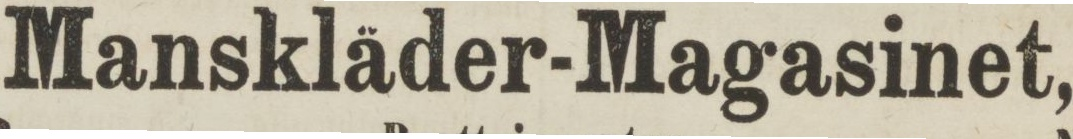
Manskläder-Magasinet,